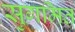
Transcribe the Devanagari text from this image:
सुगमित